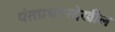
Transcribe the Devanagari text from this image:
पंतप्रधानदेखील